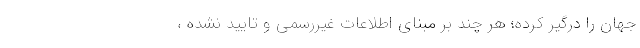
جهان را درگیر کرده؛ هر چند بر مبنای اطلاعات غیررسمی و تایید نشده ،